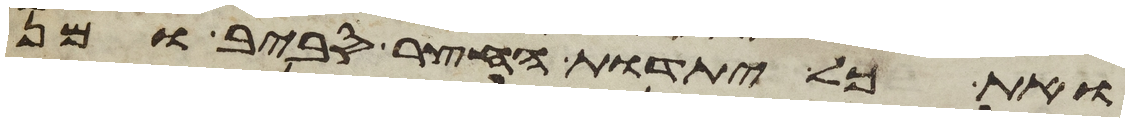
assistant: ואת כל יתדות החצר סביב ומן